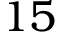
1 5